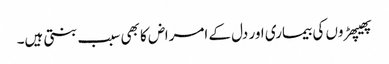
پھیپھڑوں کی بیماری اور دل کے امراض کا بھی سبب بنتی ہیں۔